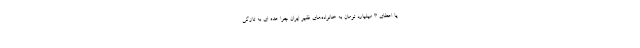
یا اعطای 3 میلیارد تومان به خانواده‌های فقیر ایران چرا عده ای به تازگی